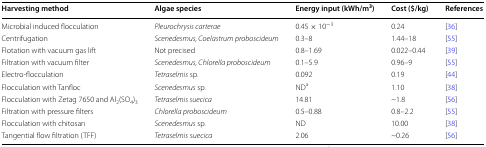
<table><thead><tr><td><b>Harvesting method</b></td><td><b>Algae species</b></td><td><b>Energy input (kWh/m<sup>3</sup>)</b></td><td><b>Cost ($/kg)</b></td><td><b>References</b></td></tr></thead><tbody><tr><td>Microbial induced flocculation</td><td><i>Pleurochrysis carterae</i></td><td>0.45 × 10<sup>−3</sup></td><td>0.24</td><td>[36]</td></tr><tr><td>Centrifugation</td><td><i>Scenedesmus, Coelastrum proboscideum</i></td><td>0.3–8</td><td>1.44–18</td><td>[55]</td></tr><tr><td>Flotation with vacuum gas lift</td><td>Not precised</td><td>0.8–1.69</td><td>0.022–0.44</td><td>[39]</td></tr><tr><td>Filtration with vacuum filter</td><td><i>Scenedesmus, Chlorella proboscideum</i></td><td>0.1–5.9</td><td>0.96–9</td><td>[55]</td></tr><tr><td>Electro-flocculation</td><td><i>Tetraselmis</i> sp.</td><td>0.092</td><td>0.19</td><td>[44]</td></tr><tr><td>Flocculation with Tanfloc</td><td><i>Scenedesmus</i> sp.</td><td>ND<sup>a</sup></td><td>1.10</td><td>[38]</td></tr><tr><td>Flocculation with Zetag 7650 and Al<sub>2</sub>(SO<sub>4</sub>)<sub>3</sub></td><td><i>Tetraselmis suecica</i></td><td>14.81</td><td>~1.8</td><td>[56]</td></tr><tr><td>Filtration with pressure filters</td><td><i>Chlorella proboscideum</i></td><td>0.5–0.88</td><td>0.8–2.2</td><td>[55]</td></tr><tr><td>Flocculation with chitosan</td><td><i>Scenedesmus</i> sp.</td><td>ND</td><td>10.00</td><td>[38]</td></tr><tr><td>Tangential flow filtration (TFF)</td><td><i>Tetraselmis</i> s<i>uecica</i></td><td>2.06</td><td>~0.26</td><td>[56]</td></tr></tbody></table>